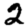
Digit: 2